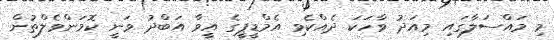
މި މައްސަލާގައި މިއަދު ވާހަކަ ދެއްކެވި އެމްޑީޕީގެ އީވާ އަބްދު ވަނީ ކޮމަންވެލްތުން